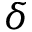
\delta